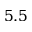
5 . 5